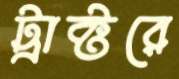
ট্রাক্টরে